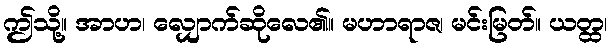
ဤသို့။ အာဟ၊ လျှောက်ဆိုလေ၏။ မဟာရာဇ၊ မင်းမြတ်။ ယတ္ထ၊